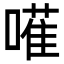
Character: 𠿅